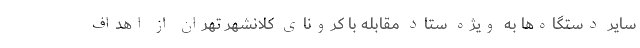
سایر دستگاه‌ها به ویژه ستاد مقابله با کرونای کلانشهر تهران از اهداف